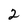
Character: 2